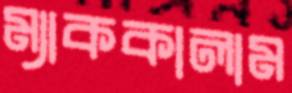
ম্যাককালাম